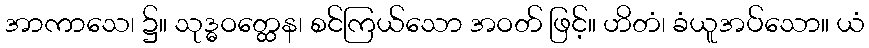
အာကာသေ၊ ၌။ သုဒ္ဓဝတ္ထေန၊ စင်ကြယ်သော အဝတ် ဖြင့်။ ဟိတံ၊ ခံယူအပ်သော။ ယံ